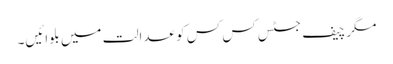
مگر چیف جسٹس کس کس کو عدالت میں بلوائیں۔